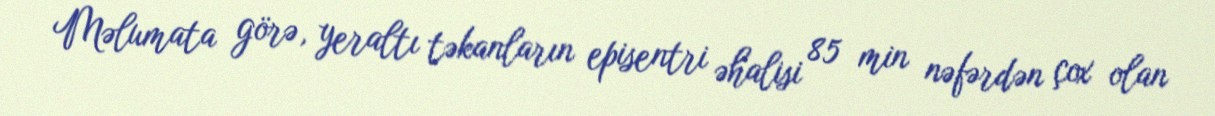
Məlumata görə, yeraltı təkanların episentri əhalisi 85 min nəfərdən çox olan